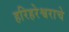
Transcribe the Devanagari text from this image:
हरिहरेश्वराचे